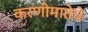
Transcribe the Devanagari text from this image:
करणीमातेचे